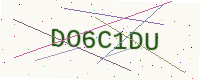
Text: DO6C1DU